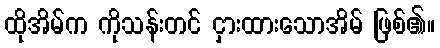
ထိုအိမ်က ကိုသန်းတင် ငှားထားသောအိမ် ဖြစ်၏။